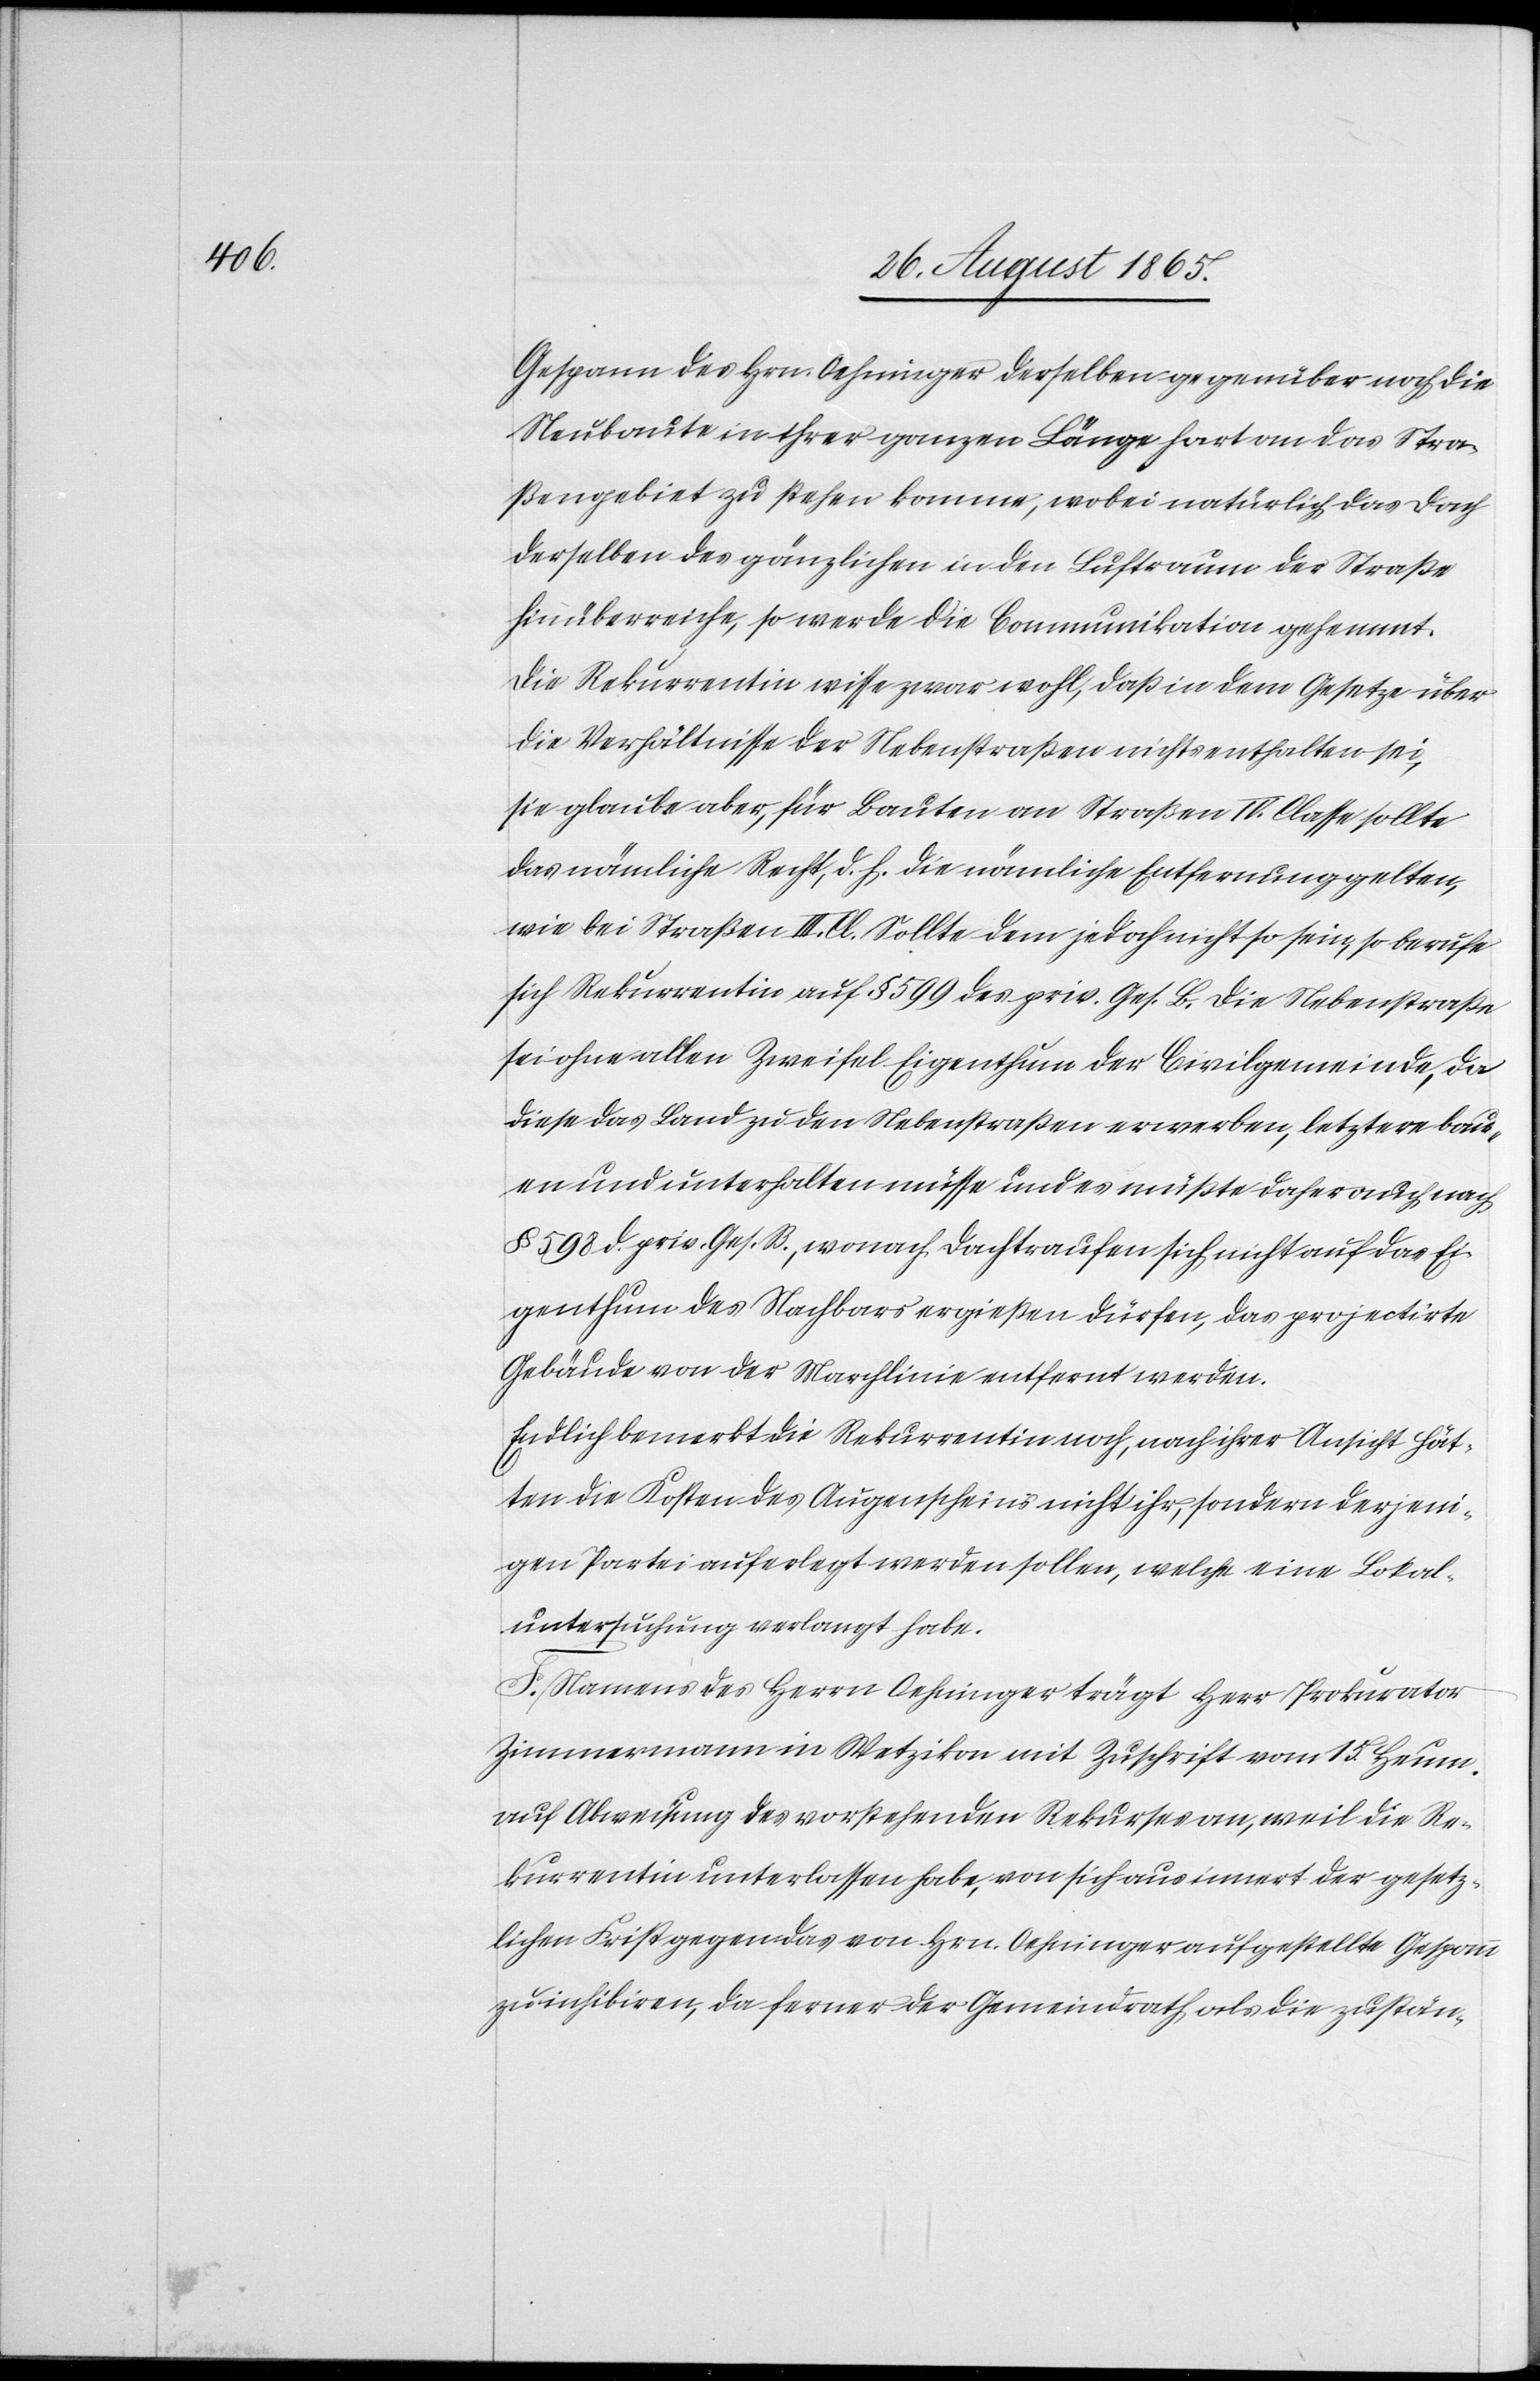
Gespann des Hrn. Oehninger derselben gegenüber noch die
Neubaute in ihrer ganzen Länge hart an das Stra¬
ßengebiet zu stehen kommen, wobei natürlich das Dach
derselben des gänzlichen in den Luftraum der Straße
hinüberreiche, so werde die Communikation gehemmt.
Die Rekurrentin wisse zwar wohl, daß in dem Gesetze über
die Verhältnisse der Nebenstraßen nichts enthalten sei,
sie glaube aber, für Bauten an Straßen IV. Classe sollte
das nämliche Recht, d. h. die nämliche Entfernung gelten,
wie bei Straßen III. Cl. Sollte dem jedoch nicht so sein, so berufe
sich Rekurrentin auf § 599 des priv. Ges. B. Die Nebenstraße
sei ohne allen Zweifel Eigenthum der Civilgemeinde, da
diese das Land zu den Nebenstraßen erwerben, letztere bau¬
en und unterhalten müsse und es müßte daher auch nach
§ 598 d. priv. Ges. B., wonach Dachtraufen sich nicht auf das Ei¬
genthum des Nachbars ergießen dürfen, das projectirte
Gebäude von der Marchlinie entfernt werden.
Endlich bemerkt die Rekurrentin noch, nach ihrer Ansicht hät¬
ten die Kosten des Augenscheins nicht ihr, sondern derjeni¬
gen Partei auferlegt werden sollen, welche eine Lokal¬
untersuchung verlangt habe.
F. Namens des Herrn Oehninger trägt Herr Prokurator
Zimmermann in Wetzikon mit Zuschrift vom 15. Heum.
auf Abweisung des vorstehenden Rekurses an, weil die Re¬
kurrentin unterlassen habe, von sich aus innert der gesetz¬
lichen Frist gegen das von Hrn. Oehninger aufgestellte Gespann
zu inhibiren, da ferner der Gemeindrath als die zustän-